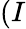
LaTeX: (I